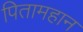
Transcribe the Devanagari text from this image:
पितामहान